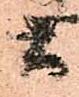
間